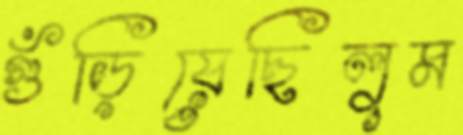
গুঁড়িয়েছিলুম